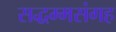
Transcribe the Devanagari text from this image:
सद्धम्मसंगह